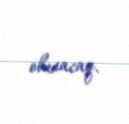
olunacaq.